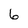
Character: 6